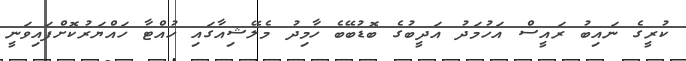
ކުރީގެ ނައިބު ރައީސް އަހުމަދު އަދީބުގެ ބޮޑުބޭބެ ހާމިދު މެލޭޝިއާގައި ހުއްޓާ ހައްޔަރުކޮށްފައިވަނީ